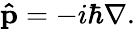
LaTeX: \mathbf{\hat{p}}=-i\hbar\nabla.